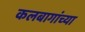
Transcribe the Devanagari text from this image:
कलबागांच्या